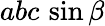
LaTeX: abc\, \sin\beta